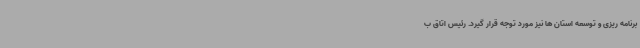
برنامه ریزی و توسعه استان ها نیز مورد توجه قرار گیرد. رئیس اتاق ب